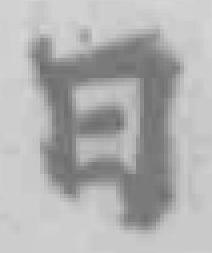
日